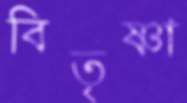
বিতৃষ্ণা